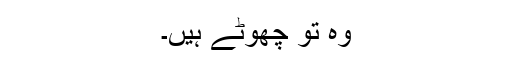
وہ تو چھوٹے ہیں۔